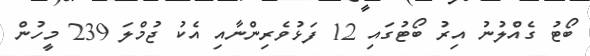
ބޯޓު ގެއްލުނު އިރު ބޯޓުގައި 12 ފަޅުވެރިންނާއި އެކު ޖުމްލަ 239 މީހުން